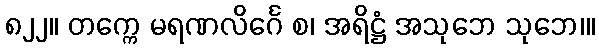
၈၂၂။ တက္ကေ မရဏလိင်္ဂေ စ၊ အရိဋ္ဌံ အသုဘေ သုဘေ၊။